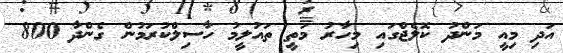
އަދި މިއީ މަންދު ކޮލެޖްގައި މިހާރު މަތީ ތައުލީމު ހާސިލްކުރަމުން ގެންދާ 800